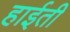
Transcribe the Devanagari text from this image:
हाईती